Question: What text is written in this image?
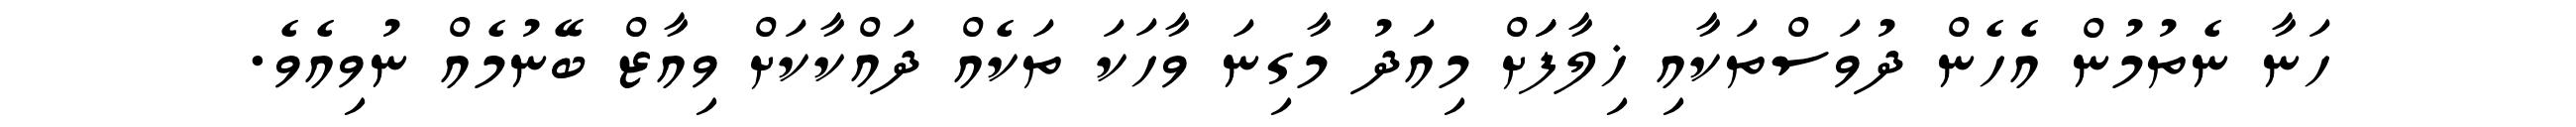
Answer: ހަނާ ނެތުމުން އެހެން ދުވަސްތަކާއި ޚިލާފަަށް މިއަދު މާގިނަ ވާހަކަ ތަކެއް ދައްކާކަށް ވިއާޒް ބޭނުމެއް ނުވިއެވެ.